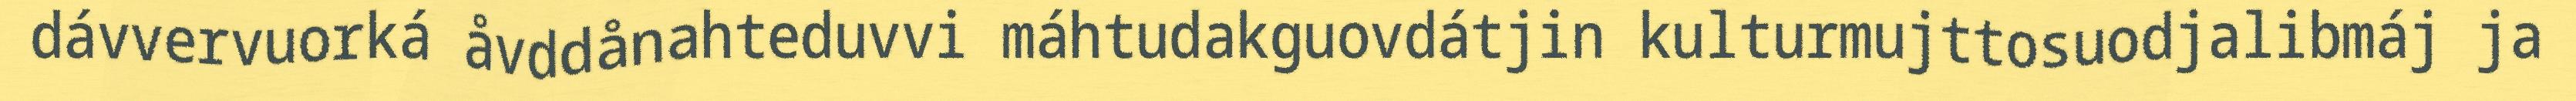
dávvervuorká åvddånahteduvvi máhtudakguovdátjin kulturmujttosuodjalibmáj ja